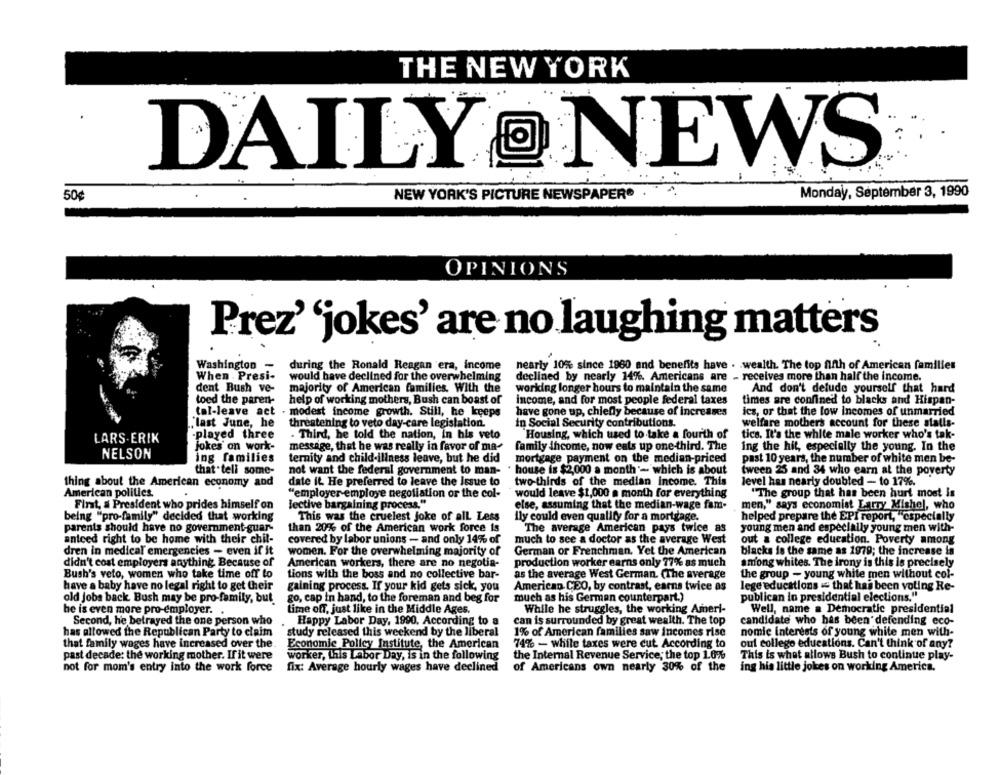
THE NEW YORK
DAILY @ NEWS
50€
NEW YORK'S PICTURE NEWSPAPER®
Monday, September 3, 1990
OPINIONS
Prez' 'jokes' are no laughing matters
Washington -
during the Ronald Reagan era, income
nearly 10% since 1960 and benefits have . . wealth. The top fifth of American familles
When . Presi-
would have declined for the overwhelming
declined by nearly 14%. Americans are - receives more than half the income.
dent Bush ve-
majority of American families. With the
working longer hours to maintain the same
And don't delude yourself that hard
toed the paren-
help of working mothers, Bush can boast of
income, and for most people federal taxes
times are confined to blacks and Hispan-
tal-leave act
modest income growth. Still, he keeps
have gone up, chiefly because of increases
ics, or that the low incomes of unmarried
"last June, he
threatening to veto day-care legislation.
in Social Security contributions.
welfare mothers account for these statis-
-played three
- Third, he told the nation, in his veto
Housing, which used to take a fourth of
tics. It's the white male worker who's tak-
LARS ERIK
jokes on work-
message, that he was really in favor of ma-
family income, now eats up one-third. The
ing the hit, especially the young. In the
NELSON
ing families
ternity and child-iliness leave, but he did
mortgage payment on the median-priced
past 10 years, the number of white men be-
that tell some-
not want the federal government to man-
house is $2,000 a month - which is about
tween 25 and 34 who earn at the poverty
thing about the American economy and
date it. He preferred to leave the Issue to
two-thirds of the median income. This
level has nearly doubled - to 17%.
American politics.
"employer employe negotiation or the col-
would leave $1,000 a month for everything
"The group that has been hurt most Is
First, a President who prides himself on
lective bargaining process."
else, assuming that the median-wage fam-
men," says economist Larry Mishel, who
being "pro-family" decided that working
This was the cruelest joke of all Less
ily could even qualify for a mortgage.
helped prepare the EPI report, "especially
parents should have no government-guar-
than 20% of the American work force is
The average American pays twice as
young men and especially young men with-
anteed right to be home with their chil-
covered by labor unions - and only 14% of
much to see a doctor as the average West
out a college education. Poverty among
dren in medical emergencies - even if it
German or Frenchman. Yet the American
blacks is the same as 1979; the increase is
women. For the overwhelming majority of
didn't cost employers anything Because of
American workers, there are no negotia-
production worker earns only 77% as much
among whites. The irony is this is precisely
Bush's veto, women who take time off to
tions with the boss and no collective bar-
the group - young white men without col-
as the average West German. (The average
have a baby have no legal right to get their
gaining process. If your kid gets sick, you
American. CEO, by contrast, earns twice as
lege educations = that has been voting Re-
go, cap in hand, to the foreman and beg for
much as his German counterpart.)
publican in presidential elections."
old jobs back. Bush may be pro-family, but.
he is even more pro-employer.
time off, just like in the Middle Ages.
While he struggles, the working Ameri-
Well, name a Democratic presidential
Second, he betrayed the one person who
Happy Labor Day, 1990, According to a
can is surrounded by great wealth. The top
candidate who has been defending eco-
has allowed the Republican Party to claim
study released this weekend by the liberal
1% of American families saw incomes rise
nomie interests of young white men with-
that family wages have increased over the.
Economic Policy Institute, the American
74% - while taxes were cut. According to
out college educations. Can't think of any?
past decade: the working mother. If it were
worker, this Labor Day, is in the following
the Internal Revenue Service; the top 1.0%
This is what allows Bush to continue play-
not for mom's entry into the work force
fix: Average hourly wages have declined
of Americans own nearly 30% of the
ing his little jokes on working America.